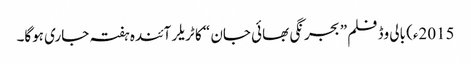
2015ء) بالی وڈ فلم ” بجرنگی بھائی جان “ کا ٹریلر آئندہ ہفتہ جاری ہوگا۔